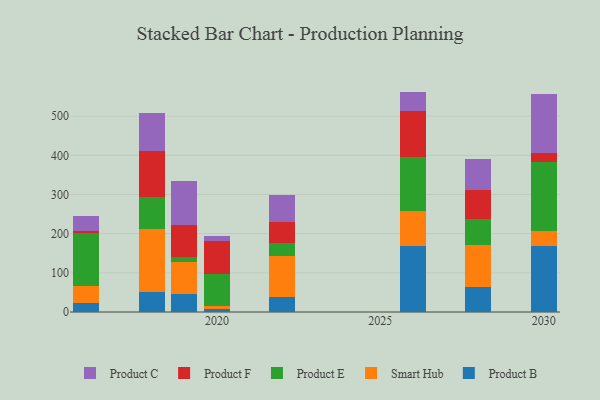
{"axis": {"x": "Year", "y": "Operating Costs (USD K)"}, "legend": ["Product B", "Product C", "Product E", "Product F", "Smart Hub"], "data": [{"x": "2018", "y": 51.8, "type": "Product B"}, {"x": "2018", "y": 159.2, "type": "Smart Hub"}, {"x": "2018", "y": 83.7, "type": "Product E"}, {"x": "2018", "y": 115.6, "type": "Product F"}, {"x": "2018", "y": 97.0, "type": "Product C"}, {"x": "2026", "y": 169.6, "type": "Product B"}, {"x": "2026", "y": 87.5, "type": "Smart Hub"}, {"x": "2026", "y": 139.5, "type": "Product E"}, {"x": "2026", "y": 117.3, "type": "Product F"}, {"x": "2026", "y": 48.8, "type": "Product C"}, {"x": "2019", "y": 46.2, "type": "Product B"}, {"x": "2019", "y": 80.5, "type": "Smart Hub"}, {"x": "2019", "y": 12.9, "type": "Product E"}, {"x": "2019", "y": 83.8, "type": "Product F"}, {"x": "2019", "y": 111.9, "type": "Product C"}, {"x": "2028", "y": 63.1, "type": "Product B"}, {"x": "2028", "y": 108.7, "type": "Smart Hub"}, {"x": "2028", "y": 65.1, "type": "Product E"}, {"x": "2028", "y": 74.6, "type": "Product F"}, {"x": "2028", "y": 79.4, "type": "Product C"}, {"x": "2022", "y": 38.4, "type": "Product B"}, {"x": "2022", "y": 105.5, "type": "Smart Hub"}, {"x": "2022", "y": 31.7, "type": "Product E"}, {"x": "2022", "y": 55.4, "type": "Product F"}, {"x": "2022", "y": 67.2, "type": "Product C"}, {"x": "2020", "y": 7.5, "type": "Product B"}, {"x": "2020", "y": 8.9, "type": "Smart Hub"}, {"x": "2020", "y": 80.5, "type": "Product E"}, {"x": "2020", "y": 85.1, "type": "Product F"}, {"x": "2020", "y": 11.2, "type": "Product C"}, {"x": "2030", "y": 168.4, "type": "Product B"}, {"x": "2030", "y": 38.2, "type": "Smart Hub"}, {"x": "2030", "y": 177.1, "type": "Product E"}, {"x": "2030", "y": 21.1, "type": "Product F"}, {"x": "2030", "y": 152.9, "type": "Product C"}, {"x": "2016", "y": 23.7, "type": "Product B"}, {"x": "2016", "y": 42.9, "type": "Smart Hub"}, {"x": "2016", "y": 134.6, "type": "Product E"}, {"x": "2016", "y": 6.4, "type": "Product F"}, {"x": "2016", "y": 37.6, "type": "Product C"}]}